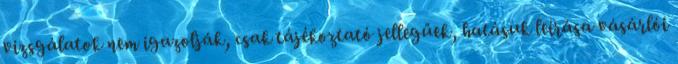
vizsgálatok nem igazolják, csak tájékoztató jellegűek, hatásuk leírása vásárlói